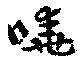
嘵